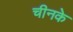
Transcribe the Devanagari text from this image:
चीनके